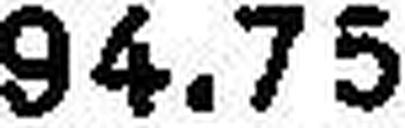
94.75